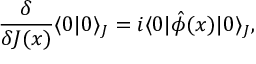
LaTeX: \frac { \delta } { \delta J ( x ) } \langle 0 | 0 \rangle _ { J } = i \langle 0 | \hat { \phi } ( x ) | 0 \rangle _ { J } ,